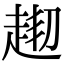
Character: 𧻘